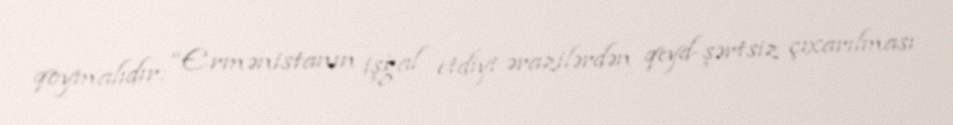
qoymalıdır: “Ermənistanın işğal etdiyi ərazilərdən qeyd-şərtsiz çıxarılması